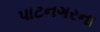
પાટનગરના